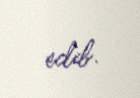
edib.